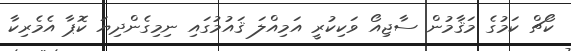
ކޯޗް ކަމުގެ މަޤާމުން ސާޖިއޯ ވަކިކުރީ އަމިއްލަ ޤައުމުގައި ނިމިގެންދިޔަ ކޮޕާ އެމެރިކާ